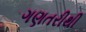
ગણતરીથી